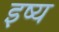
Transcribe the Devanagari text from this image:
इष्य